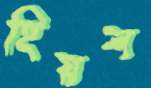
হিয়ল